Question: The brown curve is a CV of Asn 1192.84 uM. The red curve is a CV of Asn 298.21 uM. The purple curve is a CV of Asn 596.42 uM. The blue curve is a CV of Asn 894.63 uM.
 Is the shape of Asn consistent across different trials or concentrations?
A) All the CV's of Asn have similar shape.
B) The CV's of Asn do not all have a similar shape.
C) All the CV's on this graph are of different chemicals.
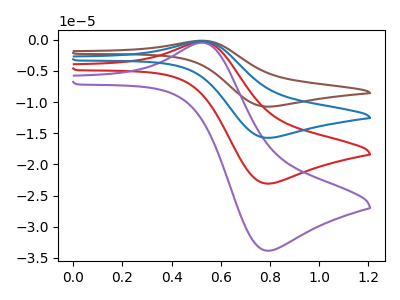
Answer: <think>The brown curve "Asn 1192.84 uM" has an anodic peak at (0.55V, -0.95uA) and a cathodic peak at (0.80V, -69.25uA). The red curve "Asn 298.21 uM" has an anodic peak at (0.55V, -0.30uA) and a cathodic peak at (0.80V, -23.10uA). The purple curve "Asn 596.42 uM" has an anodic peak at (0.55V, -0.50uA) and a cathodic peak at (0.80V, -33.85uA). The blue curve "Asn 894.63 uM" has an anodic peak at (0.55V, -0.65uA) and a cathodic peak at (0.80V, -46.20uA).
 All the peaks in "Asn 1192.84 uM" have a peak in "Asn 298.21 uM" at the same potential. All the peaks in "Asn 1192.84 uM" have a peak in "Asn 596.42 uM" at the same potential. All the peaks in "Asn 1192.84 uM" have a peak in "Asn 894.63 uM" at the same potential. All the peaks in "Asn 298.21 uM" have a peak in "Asn 596.42 uM" at the same potential. All the peaks in "Asn 298.21 uM" have a peak in "Asn 894.63 uM" at the same potential. All the peaks in "Asn 596.42 uM" have a peak in "Asn 894.63 uM" at the same potential.</think>
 <answer>A) All the CV's of "Asn" have similar shape.</answer>
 <eval>A</eval>